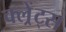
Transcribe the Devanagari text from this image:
क्ल्रेंट्स